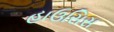
હાઉસિસ